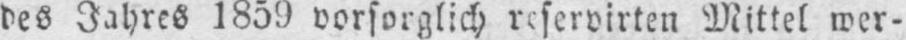
des Jahres 1859 vorsorglich reservirten Mittel wer-